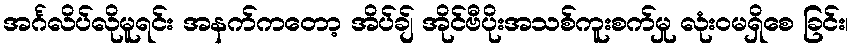
အင်္ဂလိပ်လိုမူရင်း အနက်ကတော့ အိပ်ချ် အိုင်ဗီပိုးအသစ်ကူးစက်မှု လုံးဝမရှိစေ ခြင်း၊